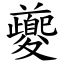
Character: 夔